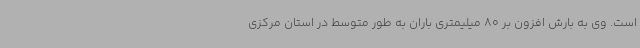
است. وی به بارش افزون بر 80 میلیمتری باران به طور متوسط در استان مرکزی